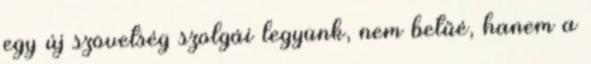
egy új szövetség szolgái legyünk, nem betűé, hanem a